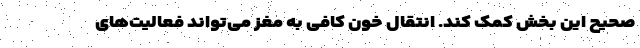
صحیح این بخش کمک کند. انتقال خون کافی به مغز می‌تواند فعالیت‌های